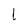
Character: l